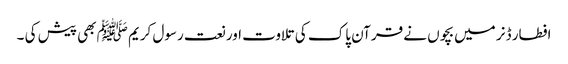
افطار ڈنر میں بچوں نے قرآن پاک کی تلاوت اور نعت رسول کریم ﷺ بھی پیش کی ۔